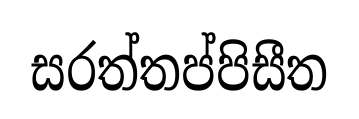
සරත්තප්පිසීත